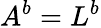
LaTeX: A^{b}=L^{b}